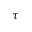
\tau